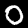
Digit: 0